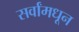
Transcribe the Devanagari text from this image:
सर्वांमधून